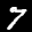
Label: 7